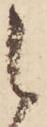
之